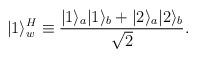
LaTeX: \begin{align*}|1\rangle^H_w \equiv {|1\rangle_a|1\rangle_b + |2\rangle_a|2\rangle_b\over \sqrt{2} }.\end{align*}